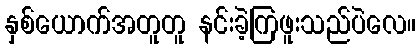
နှစ်ယောက်အတူတူ နင်းခဲ့ကြဖူးသည်ပဲလေ။